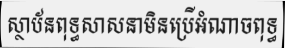
ស្ថាប័នពុទ្ធសាសនាមិនប្រើអំណាចពុទ្ធ